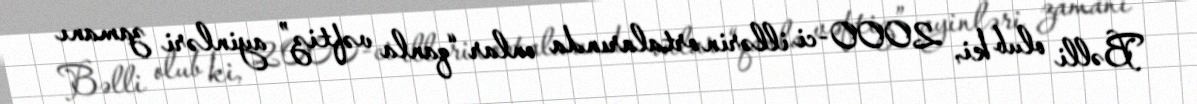
Bəlli olub ki, 2000-ci illərin ortalarında onlar “qanla vəftiz” ayinləri zamanı